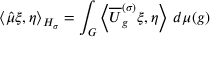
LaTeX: \left\langle { \hat { \mu } } \xi , \eta \right\rangle _ { H _ { \sigma } } = \int _ { G } \left\langle { \overline { { U } } } _ { g } ^ { ( \sigma ) } \xi , \eta \right\rangle \, d \mu ( g )